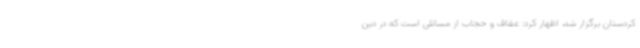
کردستان برگزار شد، اظهار کرد: عفاف و حجاب از مسائلی است که در دین